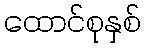
ထောင်စုနှစ်